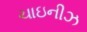
ચાઇનીઝ